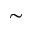
\sim